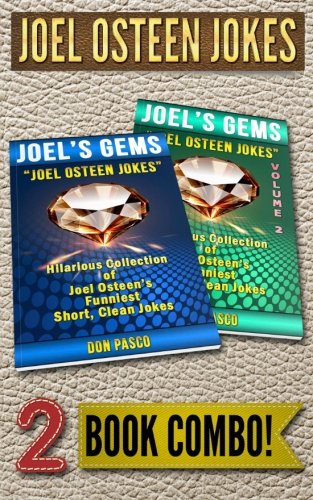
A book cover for JOEL OSTEEN JOKES - 2 Book Combo: 2 Hilarious Collections of Joel Osteen Jokes; Don Pasco; Humor & Entertainment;